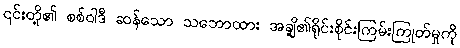
၎င်းတို့၏ စစ်ဝါဒီ ဆန်သော သဘောထား အချို့၏ရိုင်းစိုင်းကြမ်းကြုတ်မှုကို